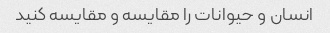
انسان و حیوانات را مقایسه و مقایسه کنید